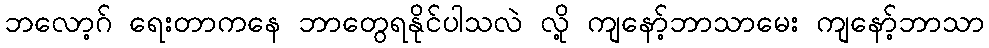
ဘလော့ဂ် ရေးတာကနေ ဘာတွေရနိုင်ပါသလဲ လို့ ကျနော့်ဘာသာမေး ကျနော့်ဘာသာ